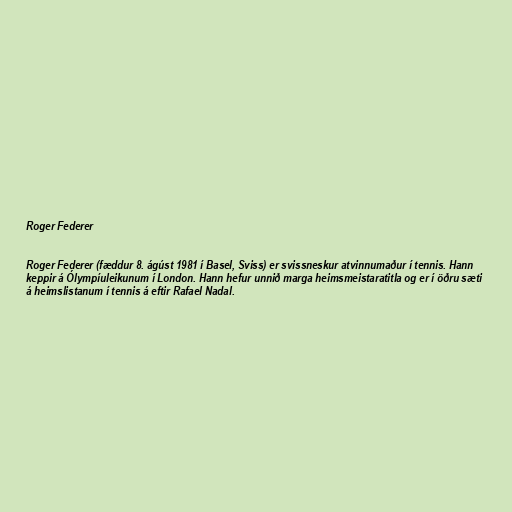
Roger Federer

Roger Federer (fæddur 8. ágúst 1981 í Basel, Sviss) er svissneskur atvinnumaður í tennis. Hann
keppir á Ólympíuleikunum í London. Hann hefur unnið marga heimsmeistaratitla og er í öðru sæti
á heimslistanum í tennis á eftir Rafael Nadal.